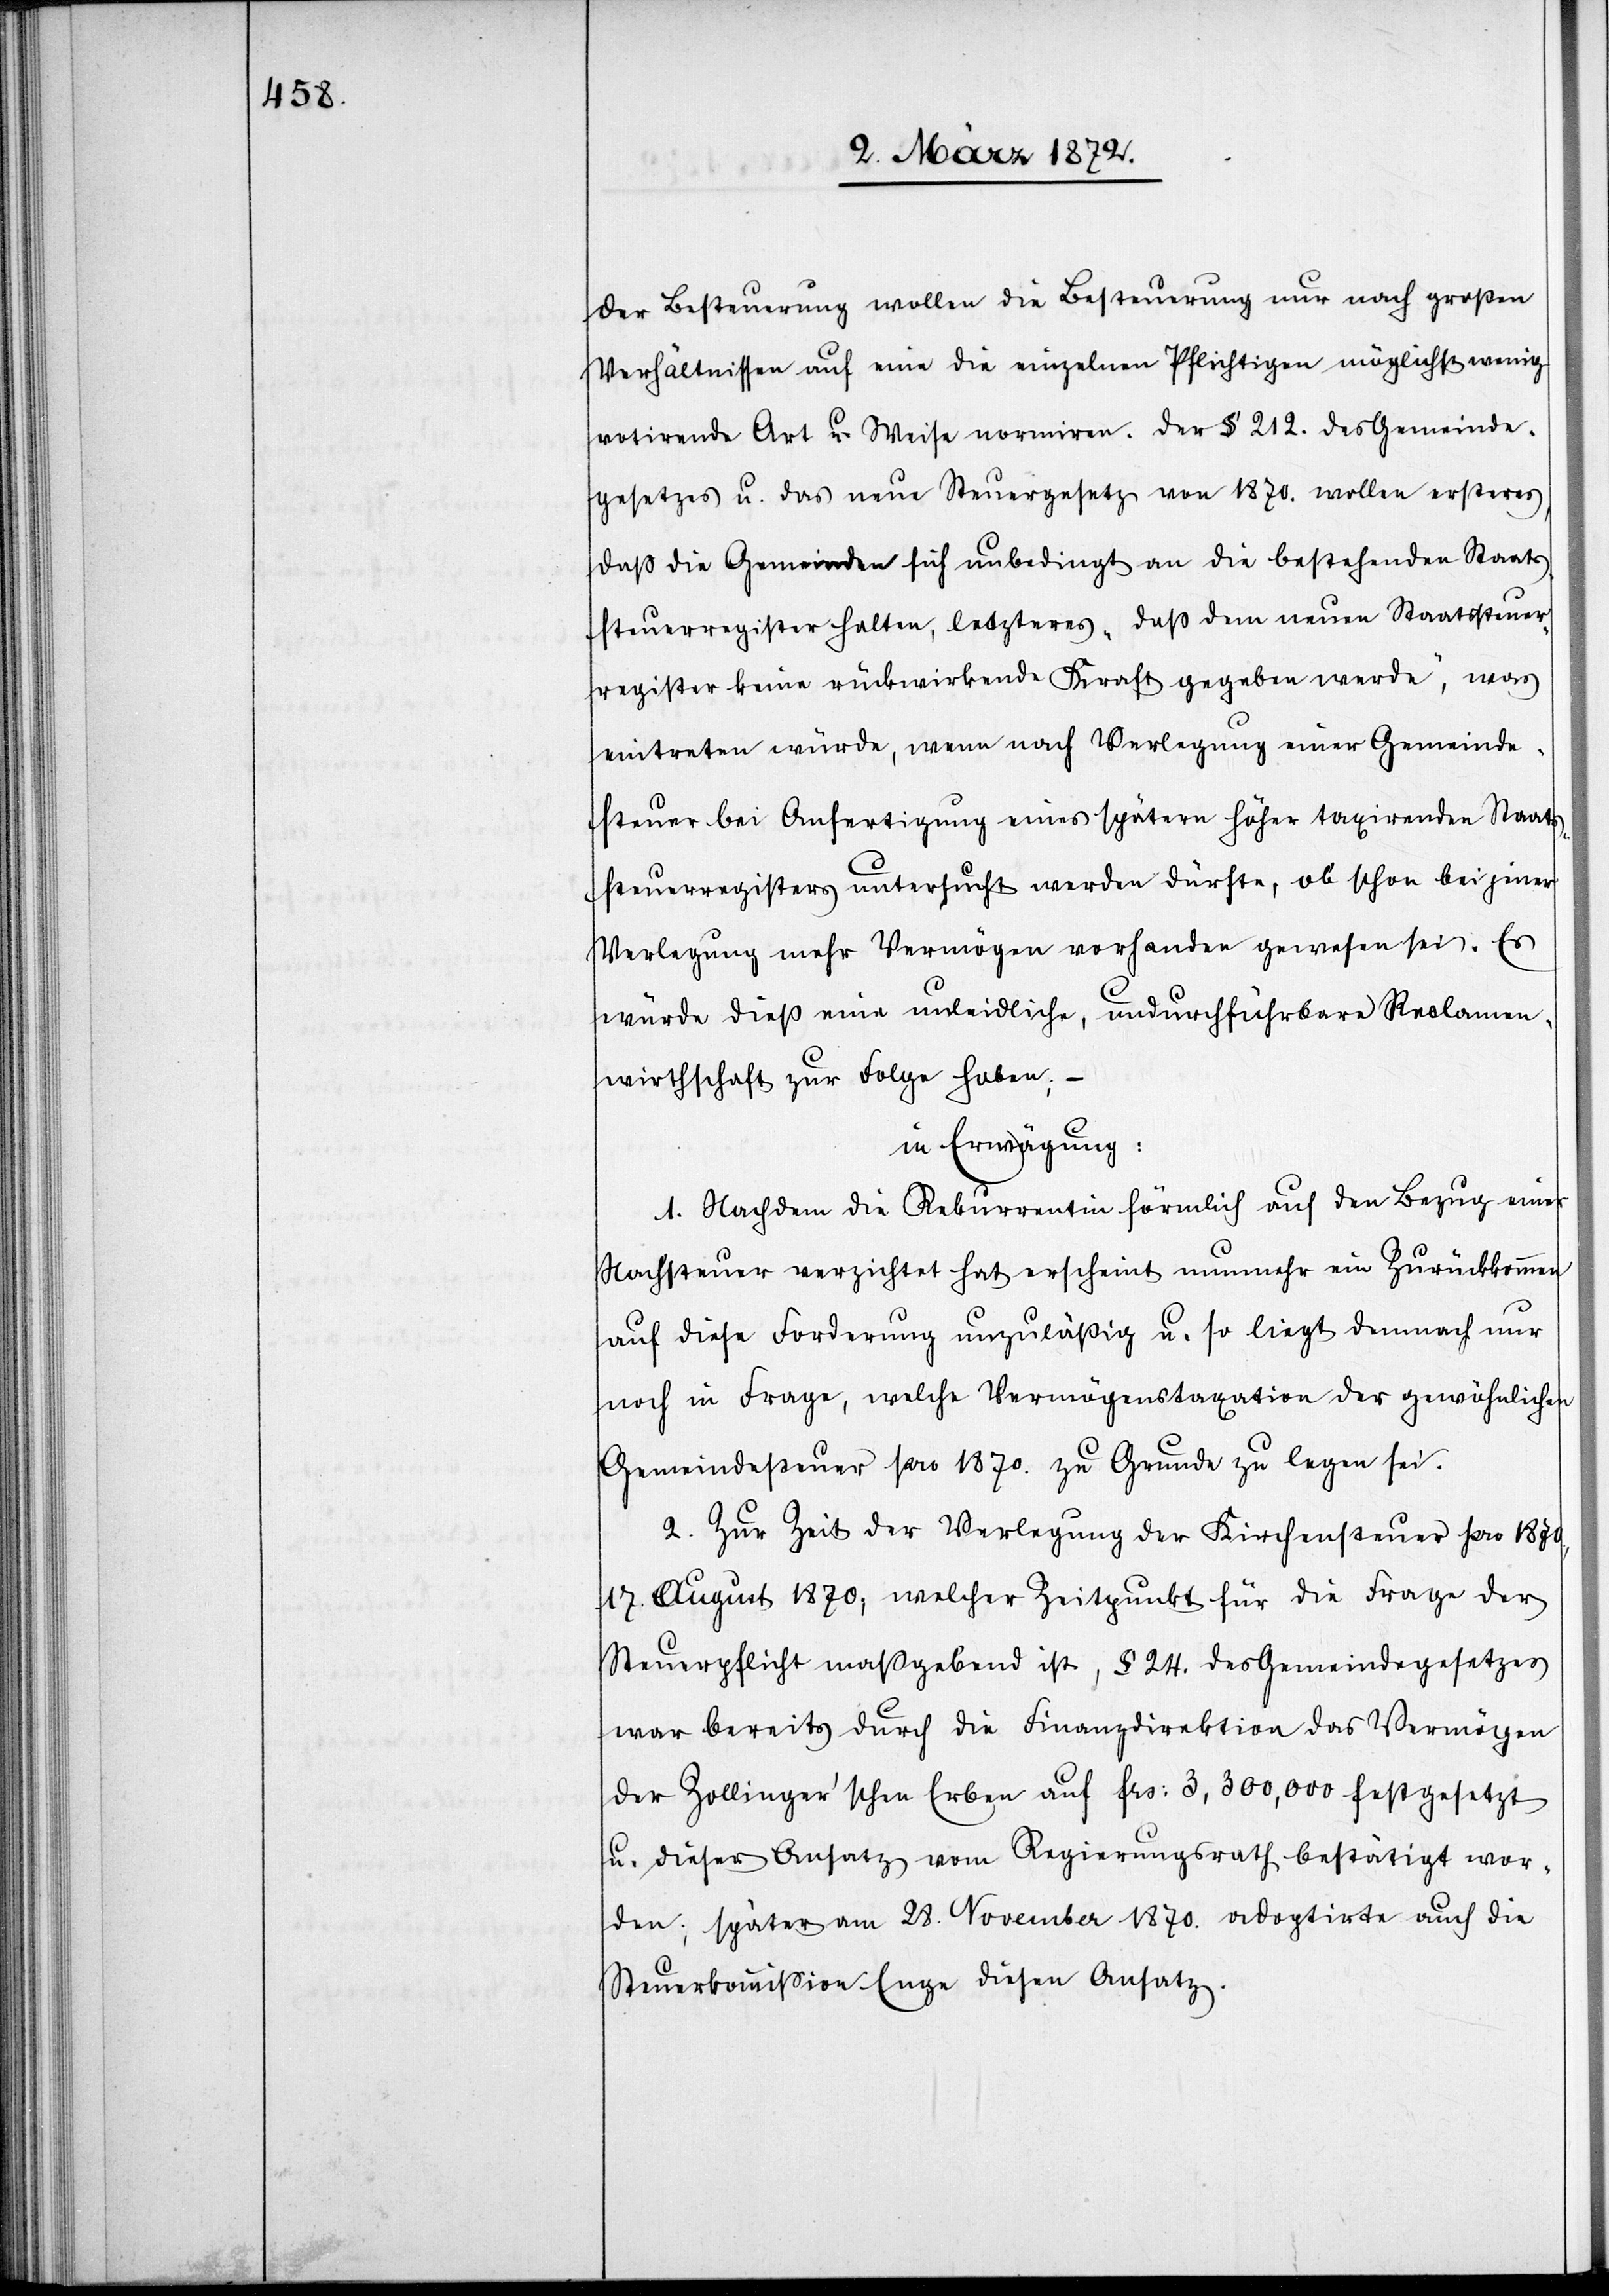
der Besteuerung wollen die Besteuerung nur nach großen
Verhältnissen auf eine die einzelnen Pflichtigen möglichst wenig
votirende Art u. Weise normiren. Der § 212. des Gemeinde¬
gesetzes u. das neue Steuergesetz von 1870. wollen ersteres,
daß die Gemeinden sich unbedingt an die bestehenden Staats¬
teuerregister halten, letzteres „daß dem neuen Staatssteuer¬
register keine rückwirkende Kraft gegeben werde“, was
eintreten würde, wenn nach Verlegung einer Gemeinde¬
steuer bei Anfertigung eines spätern höher taxirenden Staats¬
steuerregisters untersucht werden dürfte, ob schon bei jener
Verlegung mehr Vermögen vorhanden gewesen sei. Es
würde dieß eine unleidliche, undurchführbare Reclamen¬
wirthschaft zur Folge haben; –
in Erwägung:
1. Nachdem die Rekurrentin förmlich auf den Bezug einer
Nachsteuer verzichtet hat erscheint nunmehr ein Zurückkommen
auf diese Forderung unzuläßig u. so liegt demnach nur
noch in Frage, welche Vermögenstaxation der gewöhnlichen
Gemeindesteuer pro 1870. zu Grunde zu legen sei.
2. Zur Zeit der Verlegung der Kirchensteuer pro 1870.,
17 August 1870, welcher Zeitpunkt für die Frage der
Steuerpflicht maßgebend ist, § 24. des Gemeindegesetzes
war bereits durch die Finanzdirektion des Vermögen
der Zollinger’schen Erben auf frs. 3,300,000 festgesetzt
u. dieser Ansatz vom Regierungsrath bestätigt wor¬
den; später am 28. November 1870. adoptirte auch die
Steuerkommission Enge diesen Ansatz.